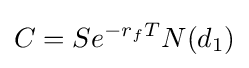
C=Se^{-r_{f}T}N(d_{1})